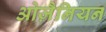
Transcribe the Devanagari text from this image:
ओज़ैनियन